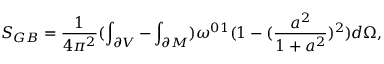
S _ { G B } = \frac { 1 } { 4 \pi ^ { 2 } } ( \int _ { \partial V } - \int _ { \partial M } ) \omega ^ { 0 1 } ( 1 - ( \frac { a ^ { 2 } } { 1 + a ^ { 2 } } ) ^ { 2 } ) d \Omega ,